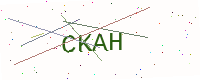
Text: CKAH